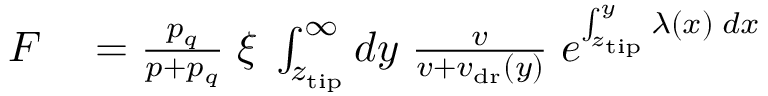
\begin{array} { r l } { F } & { { } = \frac { p _ { q } } { p + p _ { q } } \; \xi \; \int _ { z _ { \mathrm { t i p } } } ^ { \infty } d y \; \frac v { v + v _ { \mathrm { d r } } ( y ) } \; e ^ { \int _ { z _ { \mathrm { t i p } } } ^ { y } \lambda ( x ) \; d x } } \end{array}